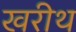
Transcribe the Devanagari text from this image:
खरीथ